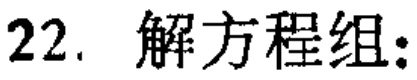
22. 解方程组: